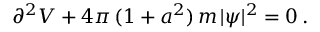
\partial ^ { 2 } V + 4 \pi \, ( 1 + a ^ { 2 } ) \, m \, | \psi | ^ { 2 } = 0 \, .